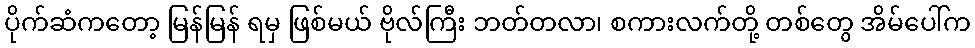
ပိုက်ဆံကတော့ မြန်မြန် ရမှ ဖြစ်မယ် ဗိုလ်ကြီး ဘတ်တလာ၊ စကားလက်တို့ တစ်တွေ အိမ်ပေါ်က